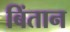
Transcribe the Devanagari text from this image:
बिंतान